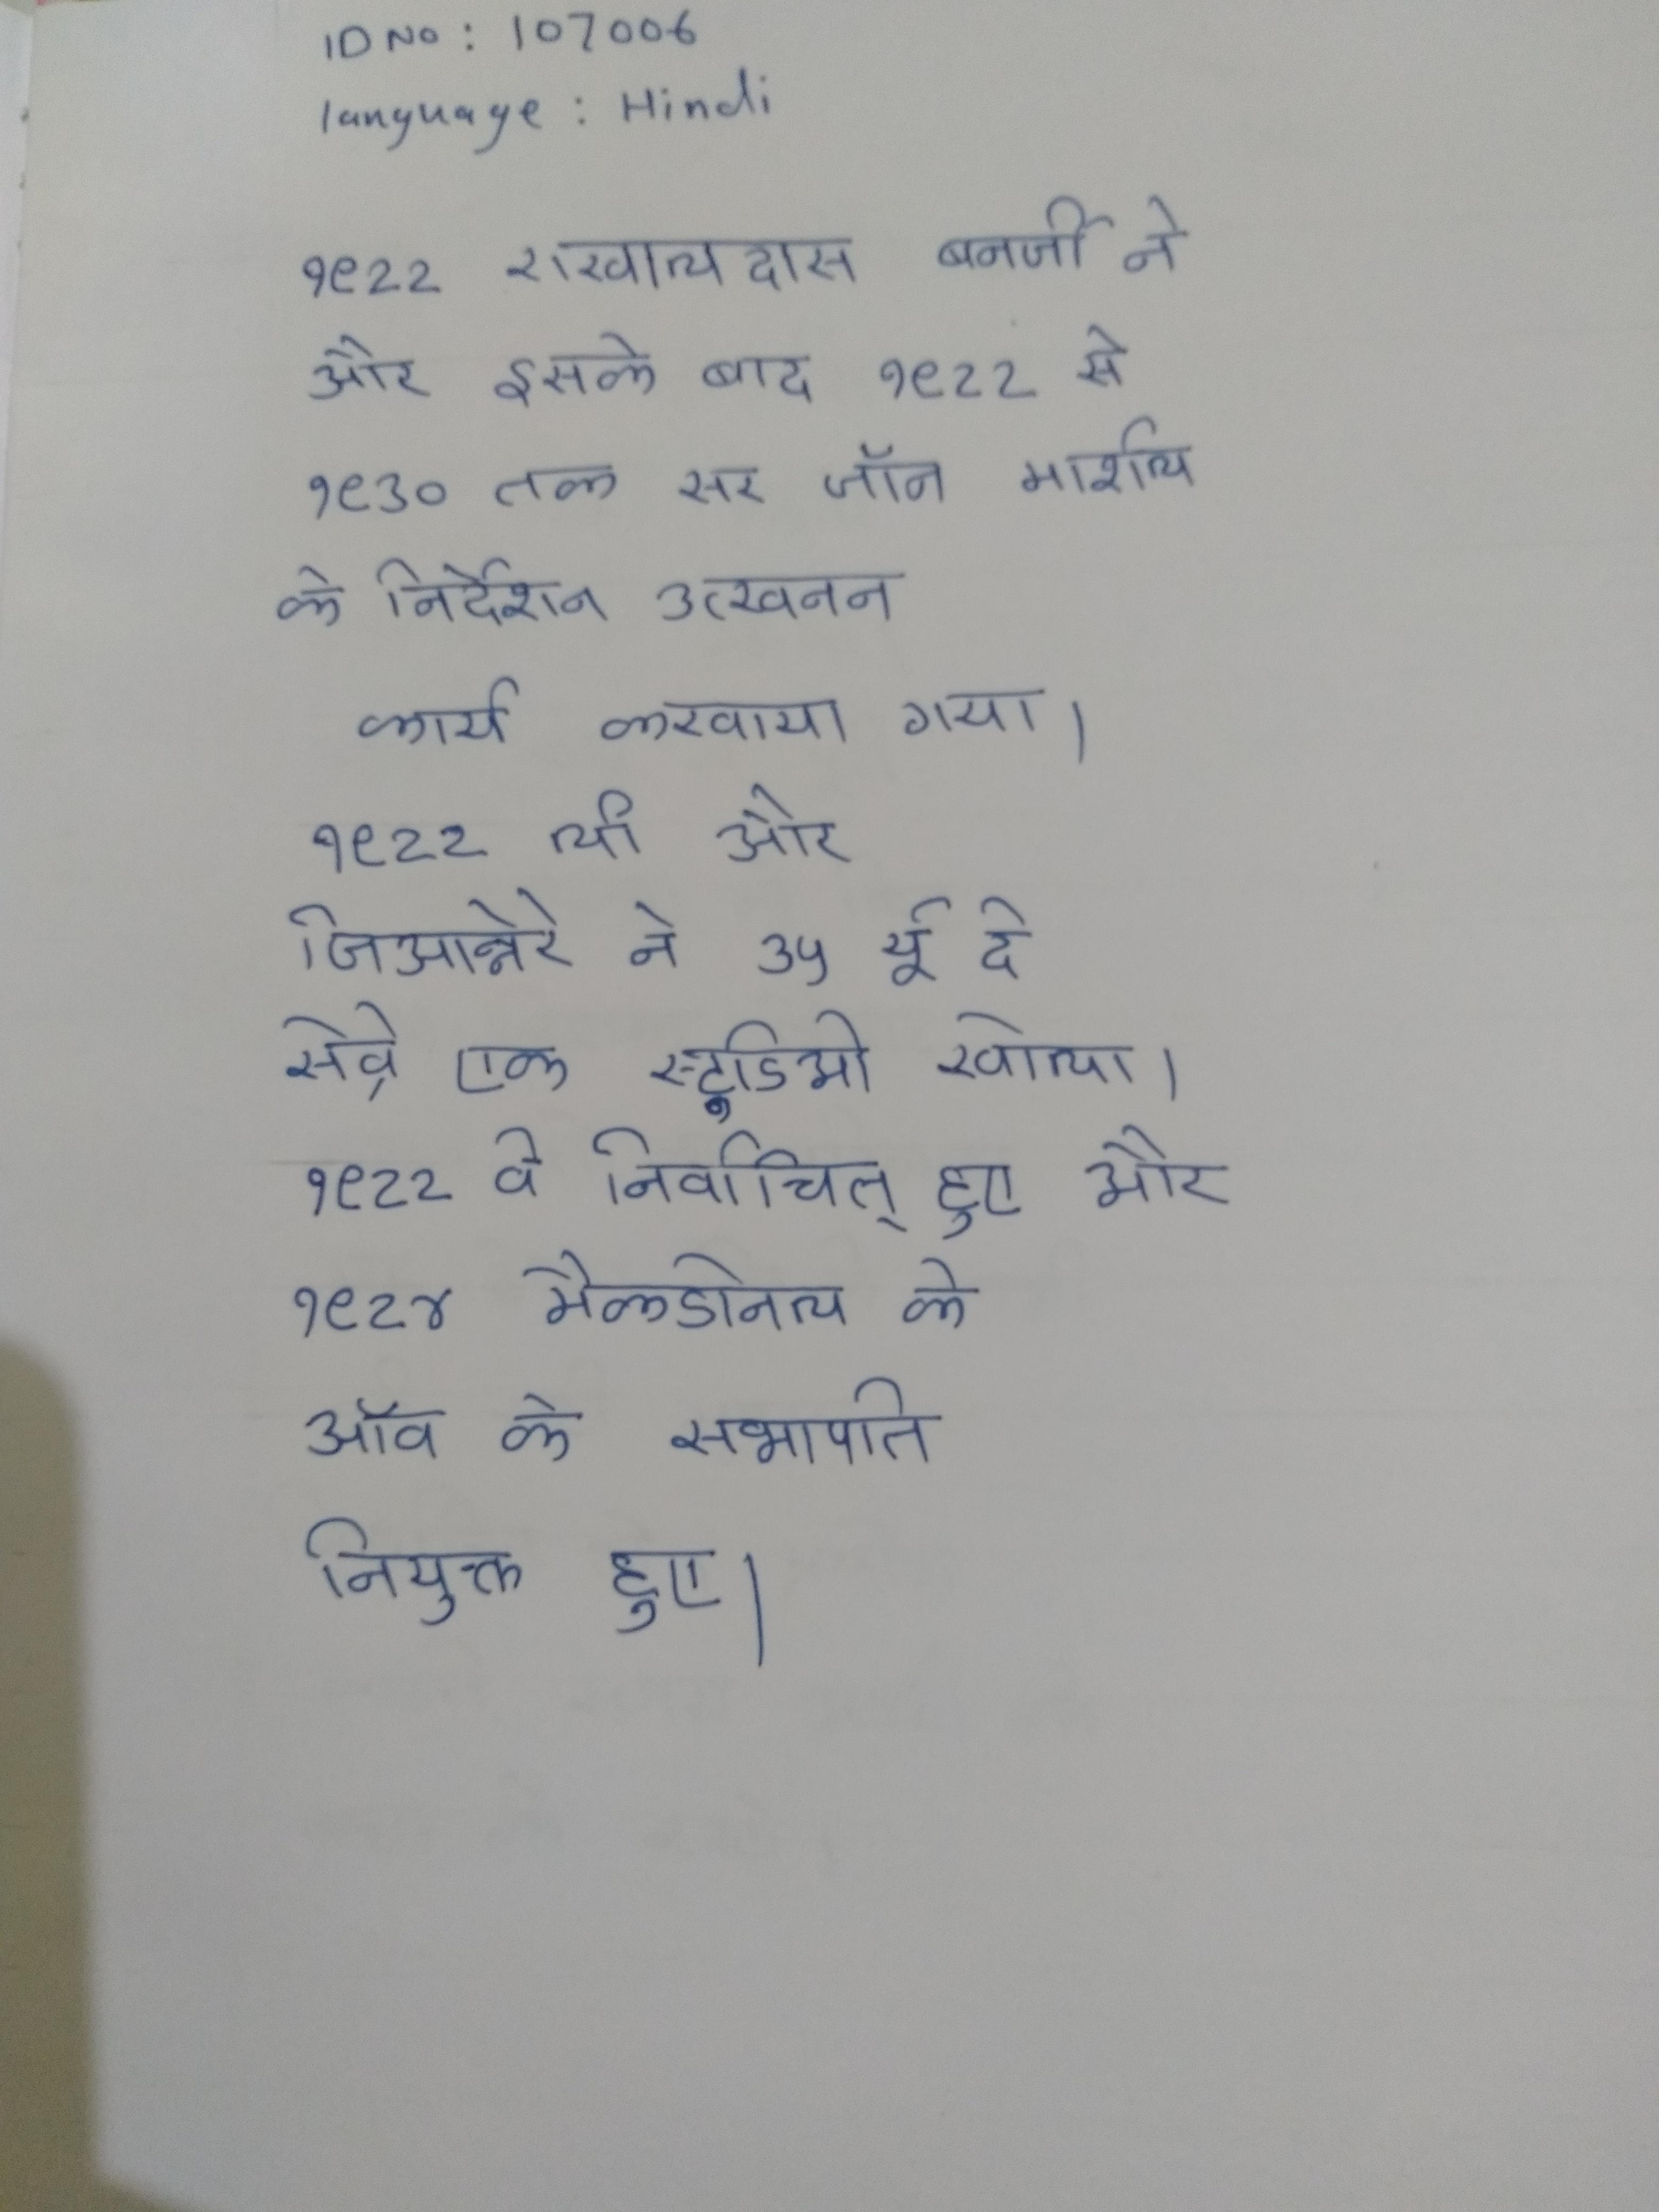
१९२२ राखालदास बनर्जी ने और इसके बाद १९२२ से १९३० तक सर जॉन मार्शल के निर्देशन उत्खनन कार्य करवाया गया । १९२२ ली और जिआन्नेरे ने ३५ र्यू दे सेव्रे एक स्टूडियो खोला । १९२२ वे निर्वाचित् हुए और १९२४ मैकडोनल के ऑव के सभापति नियुक्त हुए ।